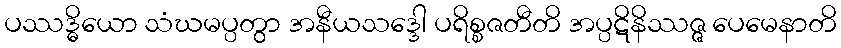
ပဿဒ္ဓိယော သံဃမပ္ပတွာ အနီယသဒ္ဒေါ ပရိစ္စဇတီတိ အပ္ပဋိနိဿဇ္ဇ ပေမေနာတိ